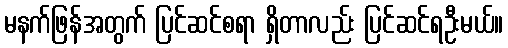
မနက်ဖြန်အတွက် ပြင်ဆင်စရာ ရှိတာလည်း ပြင်ဆင်ရဦးမယ်။